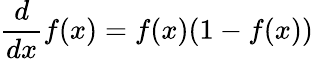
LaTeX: \frac{d}{dx}f(x)=f(x)(1-f(x))